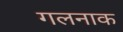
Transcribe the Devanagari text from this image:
गलनाक